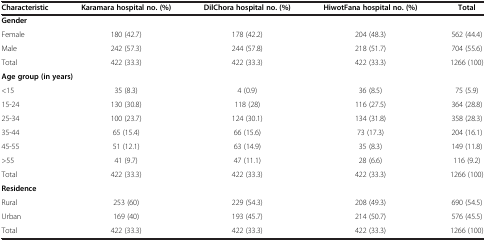
<table><thead><tr><td><b>Characteristic</b></td><td><b>Karamara hospital no. (%)</b></td><td><b>DilChora hospital no. (%)</b></td><td><b>HiwotFana hospital no. (%)</b></td><td><b>Total</b></td></tr></thead><tbody><tr><td colspan="5"><b>Gender</b></td></tr><tr><td>Female</td><td>180 (42.7)</td><td>178 (42.2)</td><td>204 (48.3)</td><td>562 (44.4)</td></tr><tr><td>Male</td><td>242 (57.3)</td><td>244 (57.8)</td><td>218 (51.7)</td><td>704 (55.6)</td></tr><tr><td>Total</td><td>422 (33.3)</td><td>422 (33.3)</td><td>422 (33.3)</td><td>1266 (100)</td></tr><tr><td colspan="5"><b>Age group (in years)</b></td></tr><tr><td>&lt;15</td><td>35 (8.3)</td><td>4 (0.9)</td><td>36 (8.5)</td><td>75 (5.9)</td></tr><tr><td>15-24</td><td>130 (30.8)</td><td>118 (28)</td><td>116 (27.5)</td><td>364 (28.8)</td></tr><tr><td>25-34</td><td>100 (23.7)</td><td>124 (30.1)</td><td>134 (31.8)</td><td>358 (28.3)</td></tr><tr><td>35-44</td><td>65 (15.4)</td><td>66 (15.6)</td><td>73 (17.3)</td><td>204 (16.1)</td></tr><tr><td>45-55</td><td>51 (12.1)</td><td>63 (14.9)</td><td>35 (8.3)</td><td>149 (11.8)</td></tr><tr><td>&gt;55</td><td>41 (9.7)</td><td>47 (11.1)</td><td>28 (6.6)</td><td>116 (9.2)</td></tr><tr><td>Total</td><td>422 (33.3)</td><td>422 (33.3)</td><td>422 (33.3)</td><td>1266 (100)</td></tr><tr><td colspan="5"><b>Residence</b></td></tr><tr><td>Rural</td><td>253 (60)</td><td>229 (54.3)</td><td>208 (49.3)</td><td>690 (54.5)</td></tr><tr><td>Urban</td><td>169 (40)</td><td>193 (45.7)</td><td>214 (50.7)</td><td>576 (45.5)</td></tr><tr><td>Total</td><td>422 (33.3)</td><td>422 (33.3)</td><td>422 (33.3)</td><td>1266 (100)</td></tr></tbody></table>